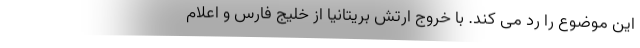
این موضوع را رد می کند. با خروج ارتش بریتانیا از خلیج فارس و اعلام